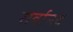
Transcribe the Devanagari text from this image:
सर्वानद